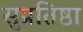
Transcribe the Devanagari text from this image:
सुप्रतिष्ठा